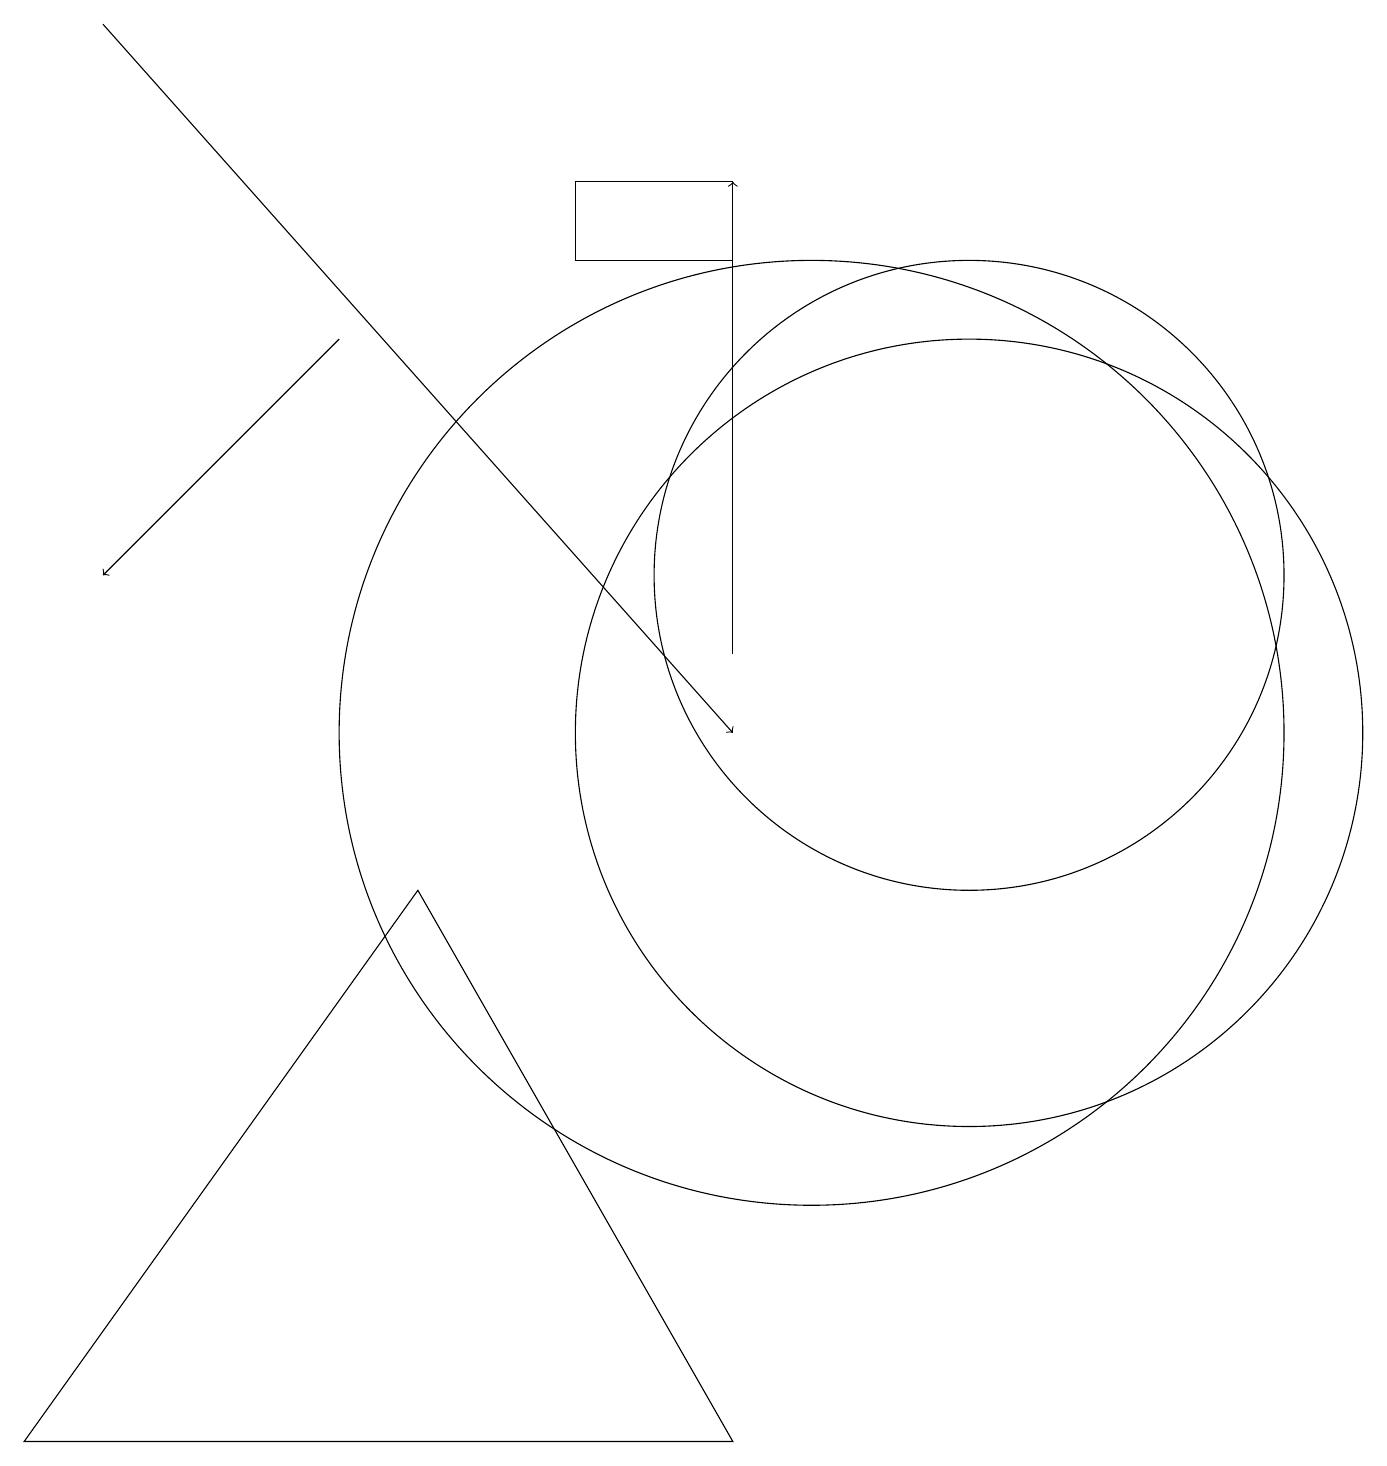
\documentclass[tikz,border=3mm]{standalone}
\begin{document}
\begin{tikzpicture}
\draw[->] (4,15) -- (1,12);
\draw (9,1) -- (5,8) -- (0,1) -- cycle;
\draw (12,12) circle (4);
\draw[->] (9,11) -- (9,17);
\draw[->] (1,19) -- (9,10);
\draw (12,10) circle (5);
\draw (10,10) circle (6);
\draw (9,16) rectangle (7,17);
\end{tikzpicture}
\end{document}